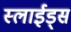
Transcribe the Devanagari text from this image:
स्लाईड्स